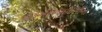
એફએફઆઈઈસીના